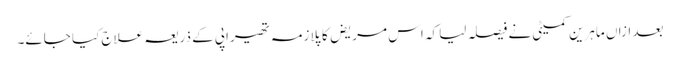
بعد ازاں ماہرین کمیٹی نے فیصلہ لیا کہ اس مریض کا پلازمہ تھیراپی کے ذریعہ علاج کیا جائے۔